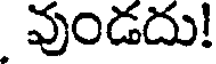
వుండదు!